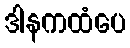
ဒါနကထံပေ